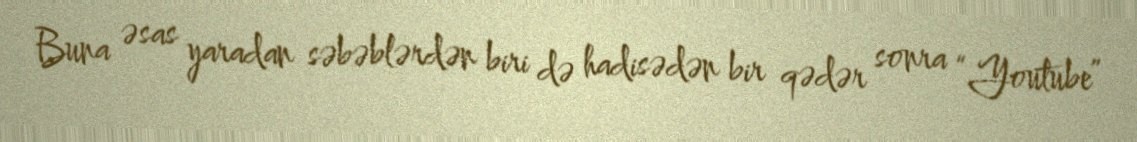
Buna əsas yaradan səbəblərdən biri də hadisədən bir qədər sonra “Youtube”